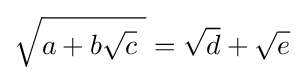
{\sqrt {a+b{\sqrt {c}}\ }}={\sqrt {d}}+{\sqrt {e}}